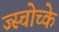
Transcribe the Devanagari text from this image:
ज्स्चोच्के